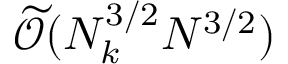
\widetilde { \mathcal { O } } ( N _ { k } ^ { 3 / 2 } N ^ { 3 / 2 } )